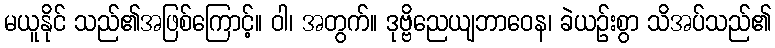
မယူနိုင် သည်၏အဖြစ်ကြောင့်။ ဝါ၊ အတွက်။ ဒုဗ္ဗိညေယျဘာဝေန၊ ခဲယဉ်းစွာ သိအပ်သည်၏